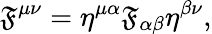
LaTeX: \mathfrak{F}^{\mu\nu}=\eta^{\mu\alpha}\mathfrak{F}_{\alpha\beta}\eta^{\beta\nu},